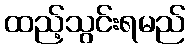
ထည့်သွင်းရမည်